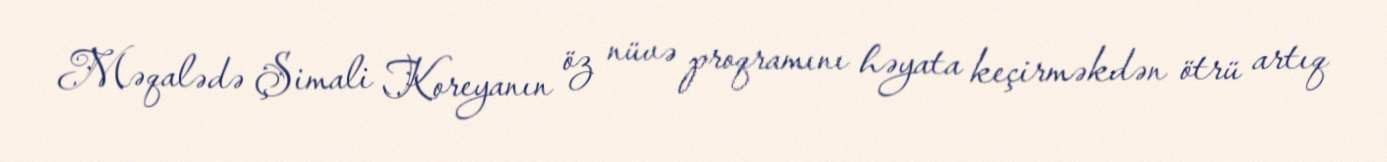
Məqalədə Şimali Koreyanın öz nüvə proqramını həyata keçirməkdən ötrü artıq